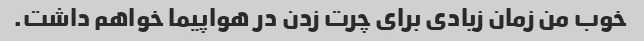
خوب من زمان زیادی برای چرت زدن در هواپیما خواهم داشت.